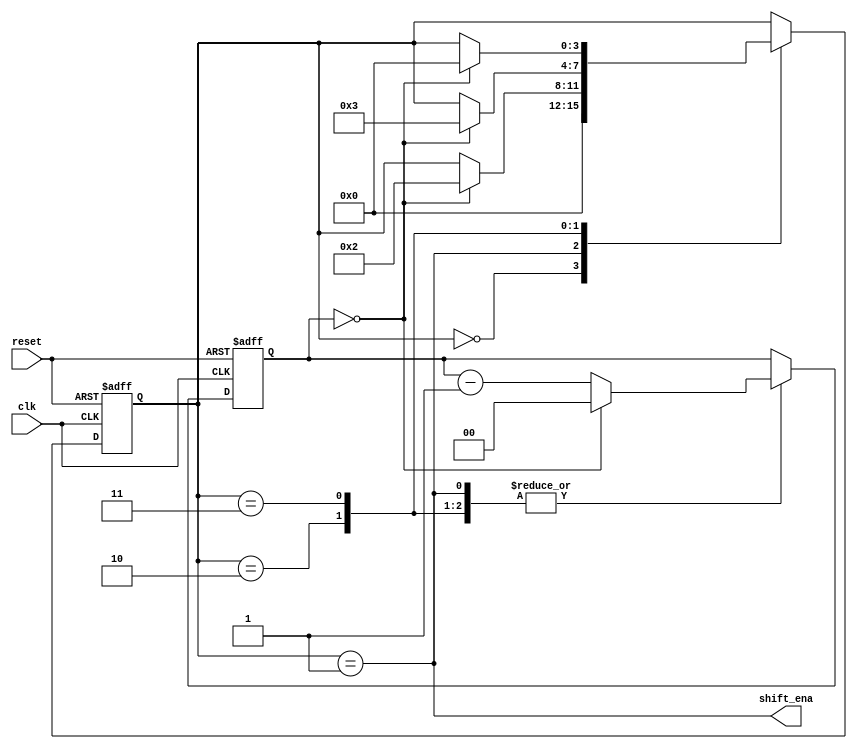
module top_module (
    input clk,
    input reset,      // Synchronous reset
    output shift_ena);

    reg [3:0] state;
    reg [1:0] shift_count;

    always @(posedge clk or posedge reset) begin
        if (reset) begin
            state <= 0;
            shift_count <= 0;
        end else begin
            case (state)
                0: begin
                    if (shift_ena) begin
                        state <= 1;
                        shift_count <= 4;
                    end else begin
                        state <= 0;
                     end
                end
                1: begin
                    if (shift_count == 0) begin
                        state <= 2;
                        shift_count <= 4;
                    end else begin
                        shift_count <= shift_count - 1;
                    end
                end
                2: begin
                    if (shift_count == 0) begin
                        state <= 3;
                        shift_count <= 4;
                    end else begin
                        shift_count <= shift_count - 1;
                    end
                end
                3: begin
                    if (shift_count == 0) begin
                        state <= 0;
                        shift_count <= 4;
                    end else begin
                        shift_count <= shift_count - 1;
                    end
                end
            endcase
        end
    end

    assign shift_ena = state == 1;

endmodule